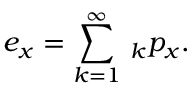
e _ { x } = \sum _ { k = 1 } ^ { \infty } { } \, _ { k } p _ { x } .